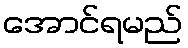
အောင်ရမည်